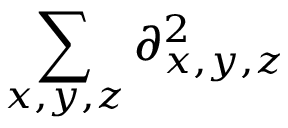
\sum _ { x , y , z } \partial _ { x , y , z } ^ { 2 }